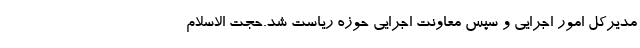
مدیرکل امور اجرایی و سپس معاونت اجرایی حوزه ریاست شد.حجت الاسلام